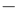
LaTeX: ^\mathrm{-}